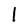
Character: l